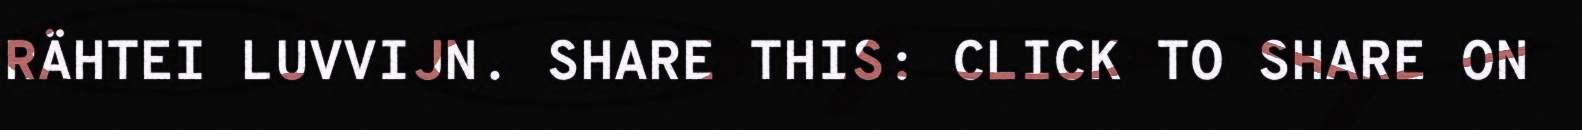
RÄHTEI LUVVIJN. SHARE THIS: CLICK TO SHARE ON